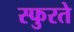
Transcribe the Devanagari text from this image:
स्फुरते